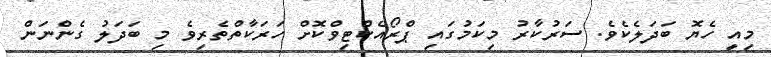
މިއީ ހެޔޮ ބަދަލެެކެވެ. ސަރުކާރު މިކަމުގައި ޕްރޯއެކްޓިވްކޮށް ހަރަކާތްތެރިވެ މި ބަދަލު ގެންނަން